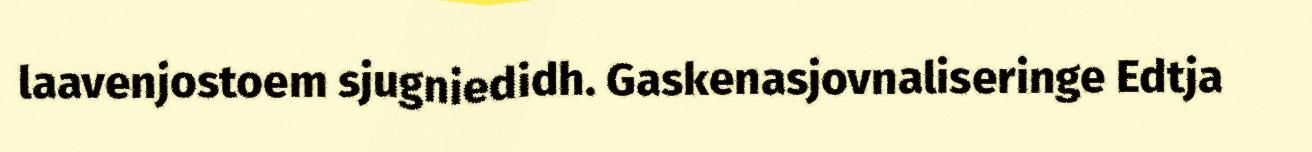
laavenjostoem sjugniedidh. Gaskenasjovnaliseringe Edtja